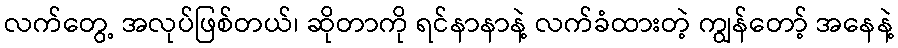
လက်တွေ့ အလုပ်ဖြစ်တယ်၊ ဆိုတာကို ရင်နာနာနဲ့ လက်ခံထားတဲ့ ကျွန်တော့် အနေနဲ့